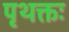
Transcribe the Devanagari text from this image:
पृथक्तः